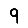
Digit: 9